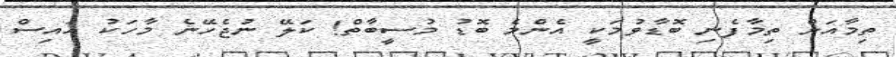
ތިމާއަށް ތިމާފެނި ބޮޑާވުމަކީ އެންމެ ބޮޑު މުސީބާތް! ކަލޭ ނުޖެހޭނެ މާހަކު އައިސް